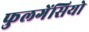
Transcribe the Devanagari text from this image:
फुलगेंसियो